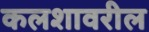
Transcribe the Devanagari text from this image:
कलशावरील